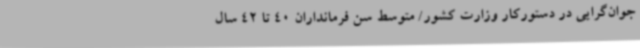
جوان‌گرایی در دستورکار وزارت کشور/ متوسط سن فرمانداران 40 تا 42 سال